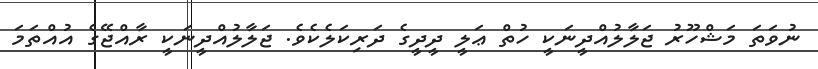
ނުވަތަ މަޝްހޫރު ޖަލާލުއްދީނަކީ ހުތް ޢަލީ ދީދީގެ ދަރިކަލެކެވެ. ޖަލާލުއްދީނަކީ ރާއްޖޭގެ އުއްތަމަ